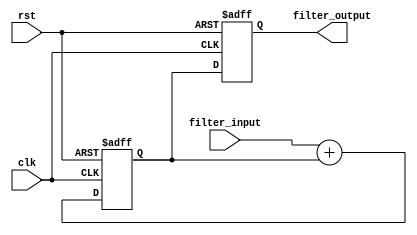
module IIR_filter_accumulator (
    input clk,
    input rst,
    input [15:0] filter_input,
    output reg [15:0] filter_output
);

reg [15:0] accumulator;

always @(posedge clk or posedge rst) begin
    if (rst) begin
        accumulator <= 0;
        filter_output <= 0;
    end else begin
        accumulator <= filter_input + accumulator;
        filter_output <= accumulator;
    end
end

endmodule